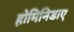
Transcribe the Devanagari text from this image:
होमिनिडाए